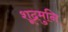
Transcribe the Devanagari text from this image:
शूद्रमुनि